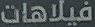
فیلاهات